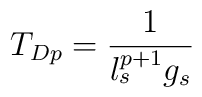
T_{Dp}= \frac{1}{l_s^{p+1} g_s}